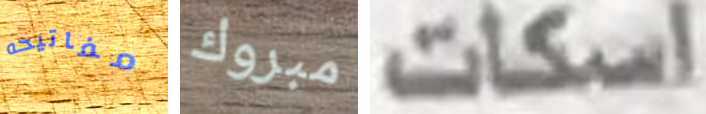
مفاتيحه مبروك اسكات